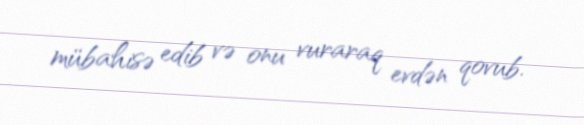
mübahisə edib və onu vuraraq evdən qovub.